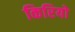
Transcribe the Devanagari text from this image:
किरियो